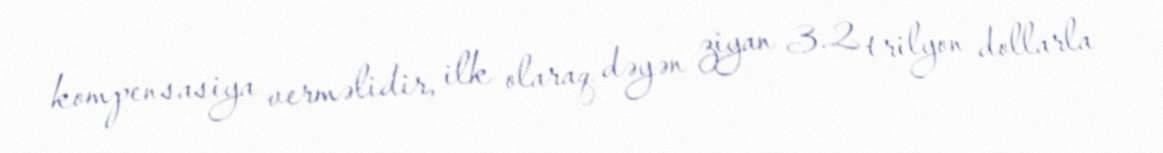
kompensasiya verməlidir, ilk olaraq dəyən ziyan 3.2 trilyon dollarla